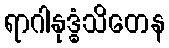
ရာဂါနုဒ္ဓံသိတေန